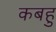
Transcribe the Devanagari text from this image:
कबहु